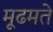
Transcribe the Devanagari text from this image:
मूढमते